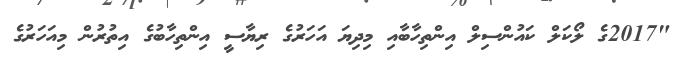
"2017ގެ ލޯކަލް ކައުންސިލް އިންތިހާބާއި މިދިޔަ އަހަރުގެ ރިޔާސީ އިންތިހާބުގެ އިތުރުން މިއަހަރުގެ